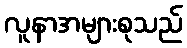
လူနာအများစုသည်